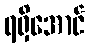
ရရှိအောင်